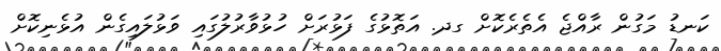
ކަނޑު މަގުން ރާއްޖެ އެތެރެކޮށް ގދ. އަތޮޅުގެ ފަޅުރަށް ހުޅުވާރުލުގައި ވަޅުލައިގެން އުޅެނިކޮށް